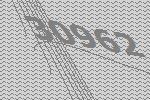
30962